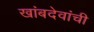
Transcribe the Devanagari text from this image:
खांबदेवांची